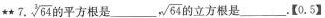
★★7.\sqrt[3]{64} 平方根是___，\sqrt{64}的立方根是___.【0.5】